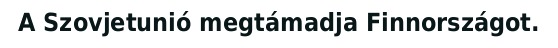
A Szovjetunió megtámadja Finnországot.